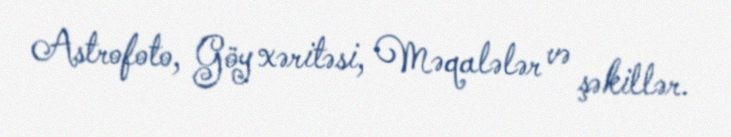
Astrofoto, Göy xəritəsi, Məqalələr və şəkillər.